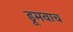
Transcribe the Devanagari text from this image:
डूमवाच